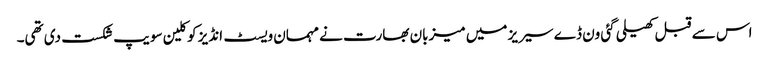
اس سے قبل کھیلی گئی ون ڈے سیریز میں میزبان بھارت نے مہمان ویسٹ انڈیز کو کلین سویپ شکست دی تھی۔